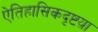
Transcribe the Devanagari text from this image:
ऐतिहासिकदृष्टय़ा